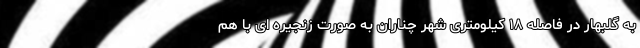
به گلبهار در فاصله ۱۸ کیلومتری شهر چناران به صورت زنجیره ای با هم